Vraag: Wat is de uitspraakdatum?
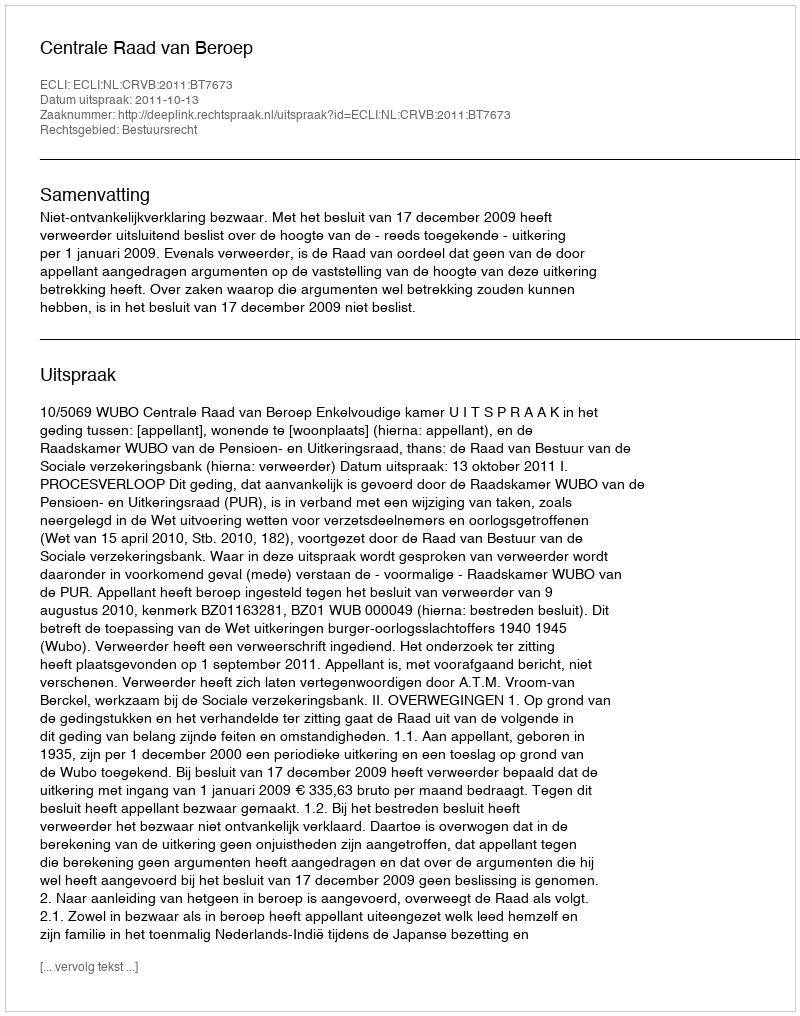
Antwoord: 2011-10-13